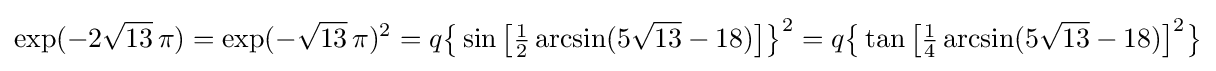
\exp(-2{\sqrt {13}}\,\pi )=\exp(-{\sqrt {13}}\,\pi )^{2}=q{\bigl \{}\sin {\bigl [}{\tfrac {1}{2}}\arcsin(5{\sqrt {13}}-18){\bigr ]}{\bigr \}}^{2}=q{\bigl \{}\tan {\bigl [}{\tfrac {1}{4}}\arcsin(5{\sqrt {13}}-18){\bigr ]}^{2}{\bigr \}}